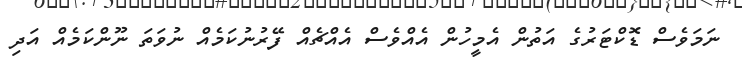
ނަމަވެސް ޑޮކްޓަރުގެ އަތުން އެމީހުން އެއްވެސް އެއްޗެއް ފޭރުނުކަމެއް ނުވަތަ ނޫންކަމެއް އަދި